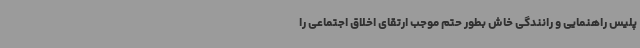
پلیس راهنمایی و رانندگی خاش بطور حتم موجب ارتقای اخلاق اجتماعی را